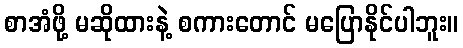
စာအံဖို့ မဆိုထားနဲ့ စကားတောင် မပြောနိုင်ပါဘူး။